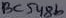
Text: BC548b